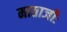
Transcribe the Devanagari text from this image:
माताजीः